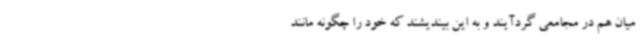
میان هم در مجامعی گردآیند و به این بیندیشند که خود را چگونه مانند